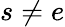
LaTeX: s\neq e